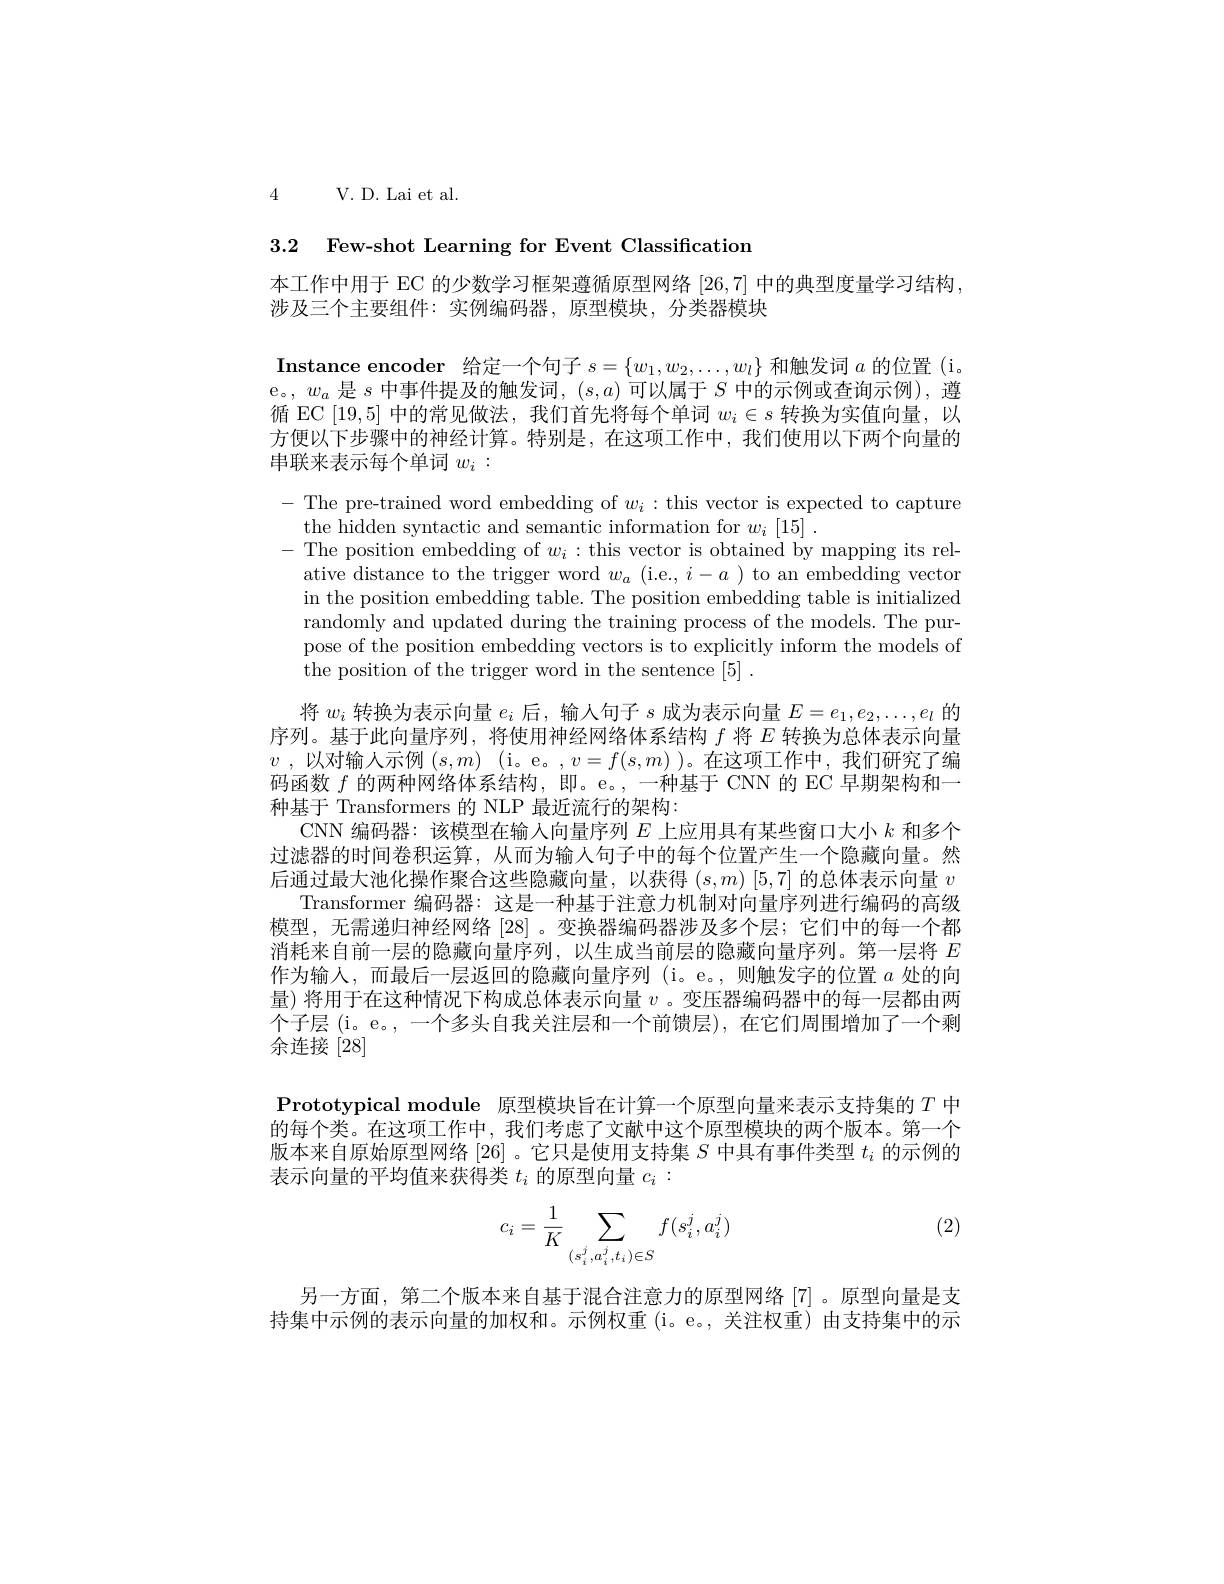
4

V. D. Lai et al.

3.2 Few-shot Learning for Event Classificatiom

本工作中用于 EC 的少数学习框架遵循原型网络[26,7]中的典型度量学习结构，
涉及三个主要组件：实例编码器，原型模块，分类器模块

Instance encoder 给定一个句子$s=\{w_1,w_2,\ldots,w_l\}$和触发词$a$的位置 (i。e。, $w_a$是$s$中事件提及的触发词，$(s,a)$可以属于$S$中的示例或查询示例), 遵循 EC [19,5]中的常见做法，我们首先将每个单词$w_i\in s$转换为实值向量，以方便以下步骤中的神经计算。特别是，在这项工作中，我们使用以下两个向量的串联来表示每个单词$w_i:$
$-{\mathrm{~The~pre-trained~word~embedding~of~}}w_{i}:{\mathrm{~this~vector~is~expected~to~capture}}$
the hidden syntactic and semantic information for $w_i\left[15\right].$
- The position embedding of $w_i:$ this vector is obtained by mapping its rel-
ative distance to the trigger word $w_a$ ( i. e. , $i- a$ ) to an embedding vector in the position embedding table. The position embedding table is initialized randomly and updated during the training process of the models. The purpose of the position embedding vectors is to explicitly inform the models of the position of the trigger word in the sentence [5] .
将$w_i$转换为表示向量$e_i$后，输人句子$s$成为表示向量$E=e_1,e_2,\ldots,e_l$的序列。基于此向量序列，将使用神经网络体系结构$f$将$E$转换为总体表示向量$v$ , 以 对 输 人 示 例 $( s, m)$ (i。e。$,v=f(s,m)$)。在这项工作中，我们研究了编码函数$f$的两种网络体系结构，即。e。,一种基于 CNN 的 EC 早期架构和一种基于 Transformers 的 NLP 最近流行的架构：
CNN 编码器：该模型在输入向量序列$E$上应用具有某些窗口大小$k$和多个过滤器的时间卷积运算，从而为输入句子中的每个位置产生一个隐藏向量。然后通过最大池化操作聚合这些隐藏向量，以获得 $(s,m)\left[5,7\right]$的总体表示向量 $v$
Transformer 编码器：这是一种基于注意力机制对向量序列进行编码的高级模型，无需递归神经网络[28] 。变换器编码器涉及多个层；它们中的每一个都消耗来自前一层的隐藏向量序列，以生成当前层的隐藏向量序列。第一层将$E$ 作为输入，而最后一层返回的隐藏向量序列 (i。e。,则触发字的位置$a$处的向量) 将用于在这种情况下构成总体表示向量$v$ 。变压器编码器中的每一层都由两个子层(i。e。,一个多头自我关注层和一个前馈层),在它们周围增加了一个剩余连接[28]
Prototypical module 原型模块旨在计算一个原型向量来表示支持集的$T$中的每个类。在这项工作中，我们考虑了文献中这个原型模块的两个版本。第一个版本来自原始原型网络[26] 。它只是使用支持集$S$中具有事件类型$t_i$的示例的表示向量的平均值来获得类$t_i$的原型向量$c_i:$

(2)
$$c_i=\dfrac{1}{K}\sum_{(s_i^j,a_i^j,t_i)\in S}f(s_i^j,a_i^j)$$
另一方面，第二个版本来自基于混合注意力的原型网络[7]。原型向量是支持集中示例的表示向量的加权和。示例权重(i。e。,关注权重)由支持集中的示